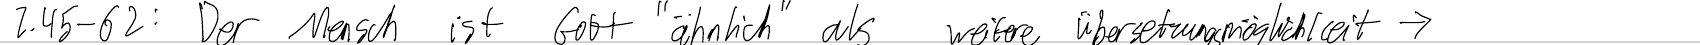
Z.45-62: Der Mensch ist Gott "ähnlich" als weitere Übersetzungsmöglichkeit ->